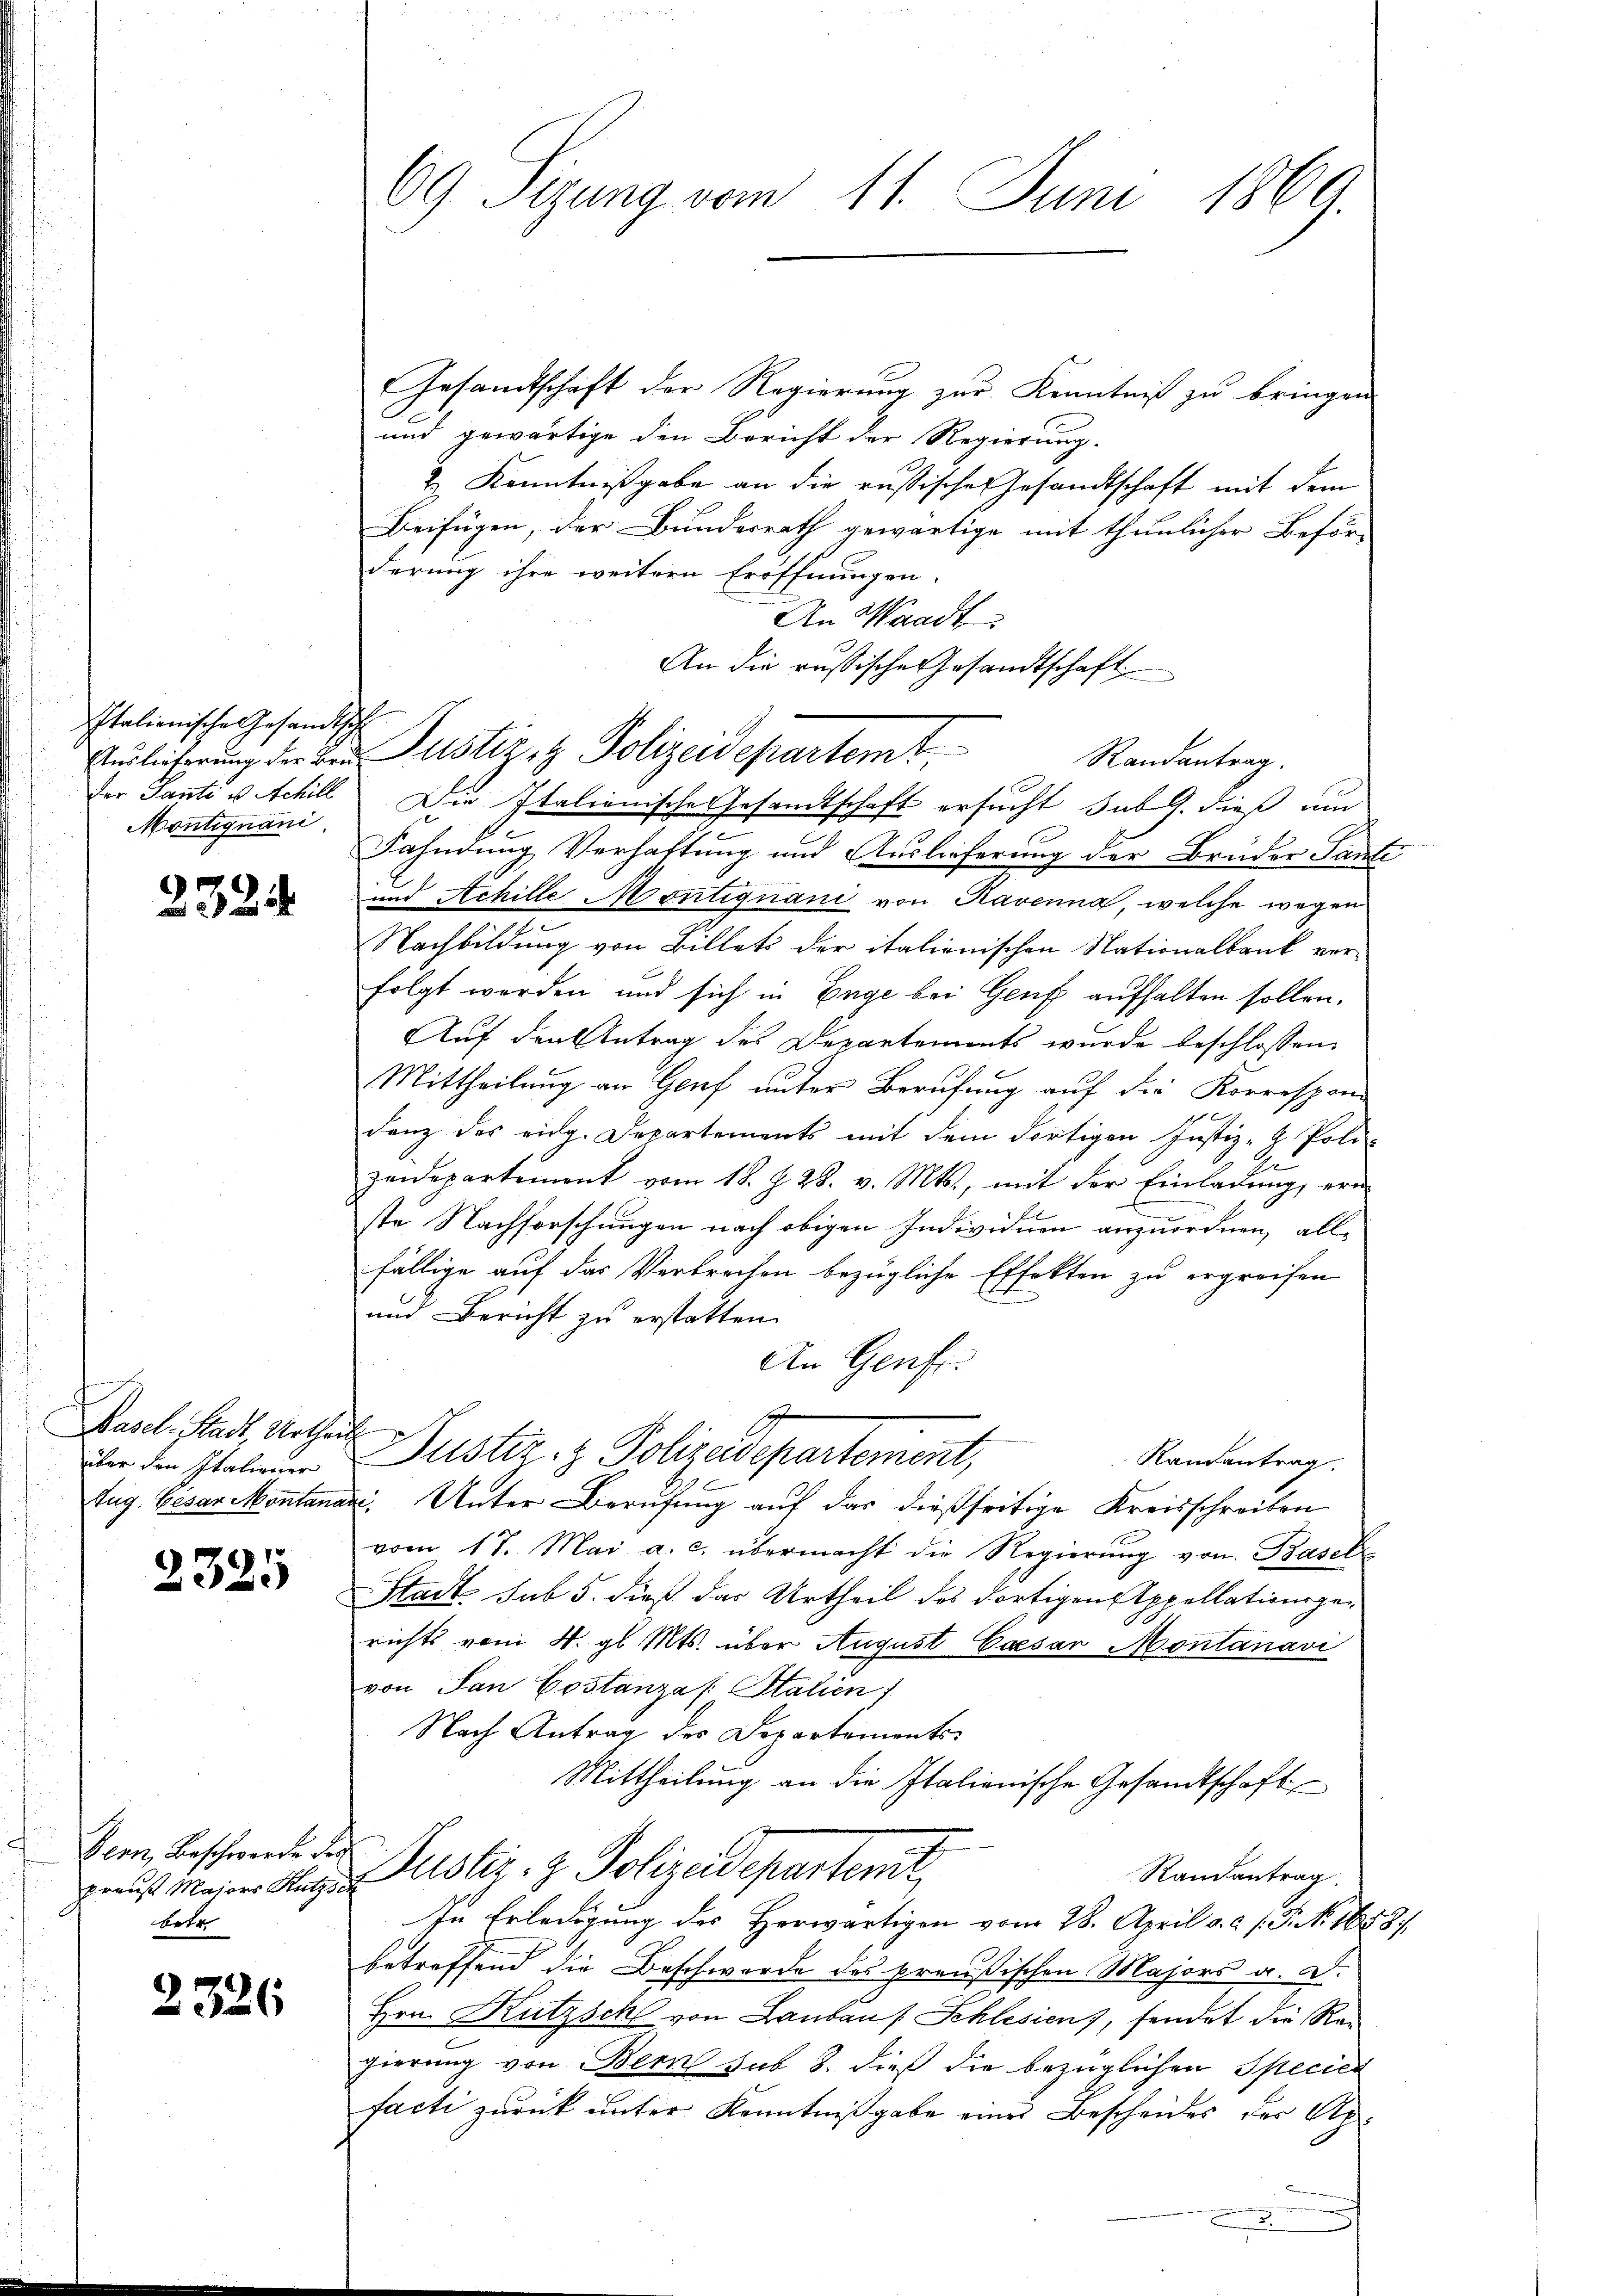
Italienische Gesandtsche
Montignani

2334

Basel-Stadt Urtheil
über den Italiener

2325

Bern, Beschwerde de
praus Majors Rutz
betr

2326

69 Sizung vom 11. Juni 1869.

Gesandtschaft der Regierung zur Kenntniß zu bringen
und gewärtige den Bericht der Regierung.
& Kenntnißgabe an die russische Gesandtschaft mit dem
Beifügen, der Bundesrath gewärtige mit thunlicher Beför-
derung ihre weitern Eröffnungen.
An Waadt
An die russische Gesandtschaft

Der Tante u. Schill Die Italienische Gesandtschaft ersucht sub 9. dieß um
Fahndung Verhaftung und Auslieferung der Bruder Tante
und Achille Montignani von Ravenna, welche wegen
Nachbildung von Billets der italionischen Nationalbank ver-
folgt werden und sich in Enge bei Genf aufhalten sollen.
Auf den Antrag des Departements wurde beschlossen,
Mittheilung an Genf unter Berufung auf die Korrespon-
.
denz des eidg. Departements mit dem dortigen Justiz- & Poli-
zeidepartement vom 18. J. 28. v. Mts., mit der Einladŭng, ern
ste Nachforschungen nach obigen Individuen anzuordnen, allfällige auf das Verbrechen bezügliche Effekten zu ergreifen
und Bericht zu erstatten.
An Genf.
Randantrag.
tug. Cesar Montanar. Unter Berufung auf das dießseitige Kreisschreiben
vom 17. Mai a. c. übermacht die Regierung von Basel
Stadt. sub 5. dieß das Urtheil des dortigen Appellationsgerichts vom 4. gl. Mts. über August Caesar Montanavi
von San Costanza Statien
Nach Antrag des Departements
Mittheilung an die Italienische Gesandtschaft
i
Justiz- & Polizeidepartenst,
Randantrag
In Erledigung des Herwärtigen vom 28. April a. c. s. S. N. 163
betreffend die Beschwerde des preußischen Majors a. D.
Hrn. Kutzsch von Landaus Schlesien), sendet die Rei
gierung von Bern sub 8. dieß die bezüglichen Speciel
facti zurück unter Kenntnißgabe einer Bescheides der Ap.

Auslicherung der der Justiz & Polizeidepartemt
Randantrag.

Guster- & Polizadepartemont,

E

2